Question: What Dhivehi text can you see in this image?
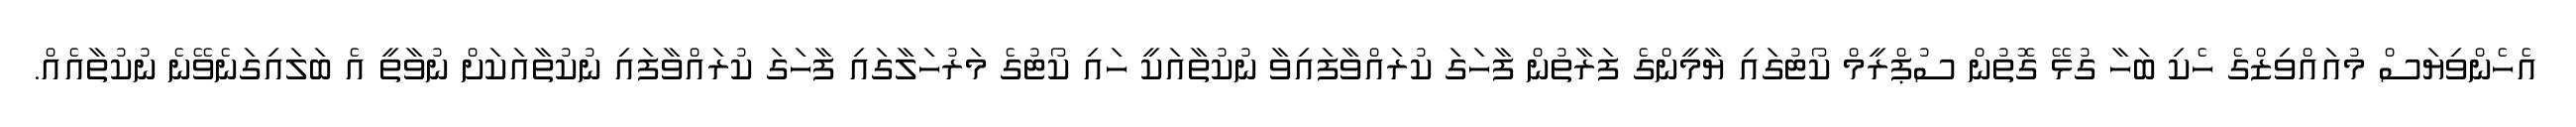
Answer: އެހެންވިޔަސް މުއައްވިޒްގެ ހެކި ބަހާ ގުޅޭ ގޮތުން ސުޕްރީމް ކޯޓުގައި ޔާމީންގެ ފަރާތުން ފާހަގަ ކުރައްވާފައިވާ ނުކުތާއަކީ ހައި ކޯޓުގެ މަރުހަލާގައި ފާހަގަ ކުރައްވާފައި ނުކުތާއަކަށް ނުވާތީ އެ ބަލައިގަނެވޭނެ ނުކުތާއެއް.